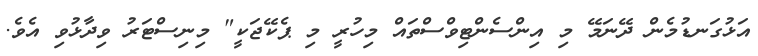
އަޅުގަނޑުމެން ދޭނަމޭ މި އިންސެންޓިވްސްތައް މިހުރީ މި ޕެކޭޖަކީ" މިނިސްޓަރު ވިދާޅުވި އެވެ.